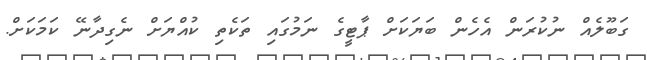
ގަބޫލެއް ނުކުރަން އެހެން ބަޔަކަށް ޕާޓީގެ ނަމުގައި ތަކެތި ކުއްޔަށް ނެގިދާނޭ ކަމަކަށް.